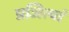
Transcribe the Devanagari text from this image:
प्रजित्यां